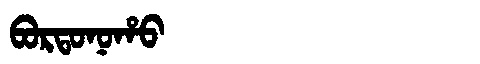
Manchu: ᠪᠣᡵᡨᠣᠨᠣᡥᠣ
Romanization: BORTONOHO